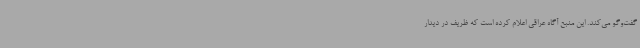
گفت‌وگو می‌کند. این منبع آگاه عراقی اعلام کرده است که ظریف در دیدار